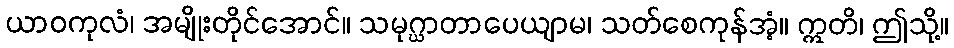
ယာဝကုလံ၊ အမျိုးတိုင်အောင်။ သမုဂ္ဃာတာပေယျာမ၊ သတ်စေကုန်အံ့။ ဣတိ၊ ဤသို့။